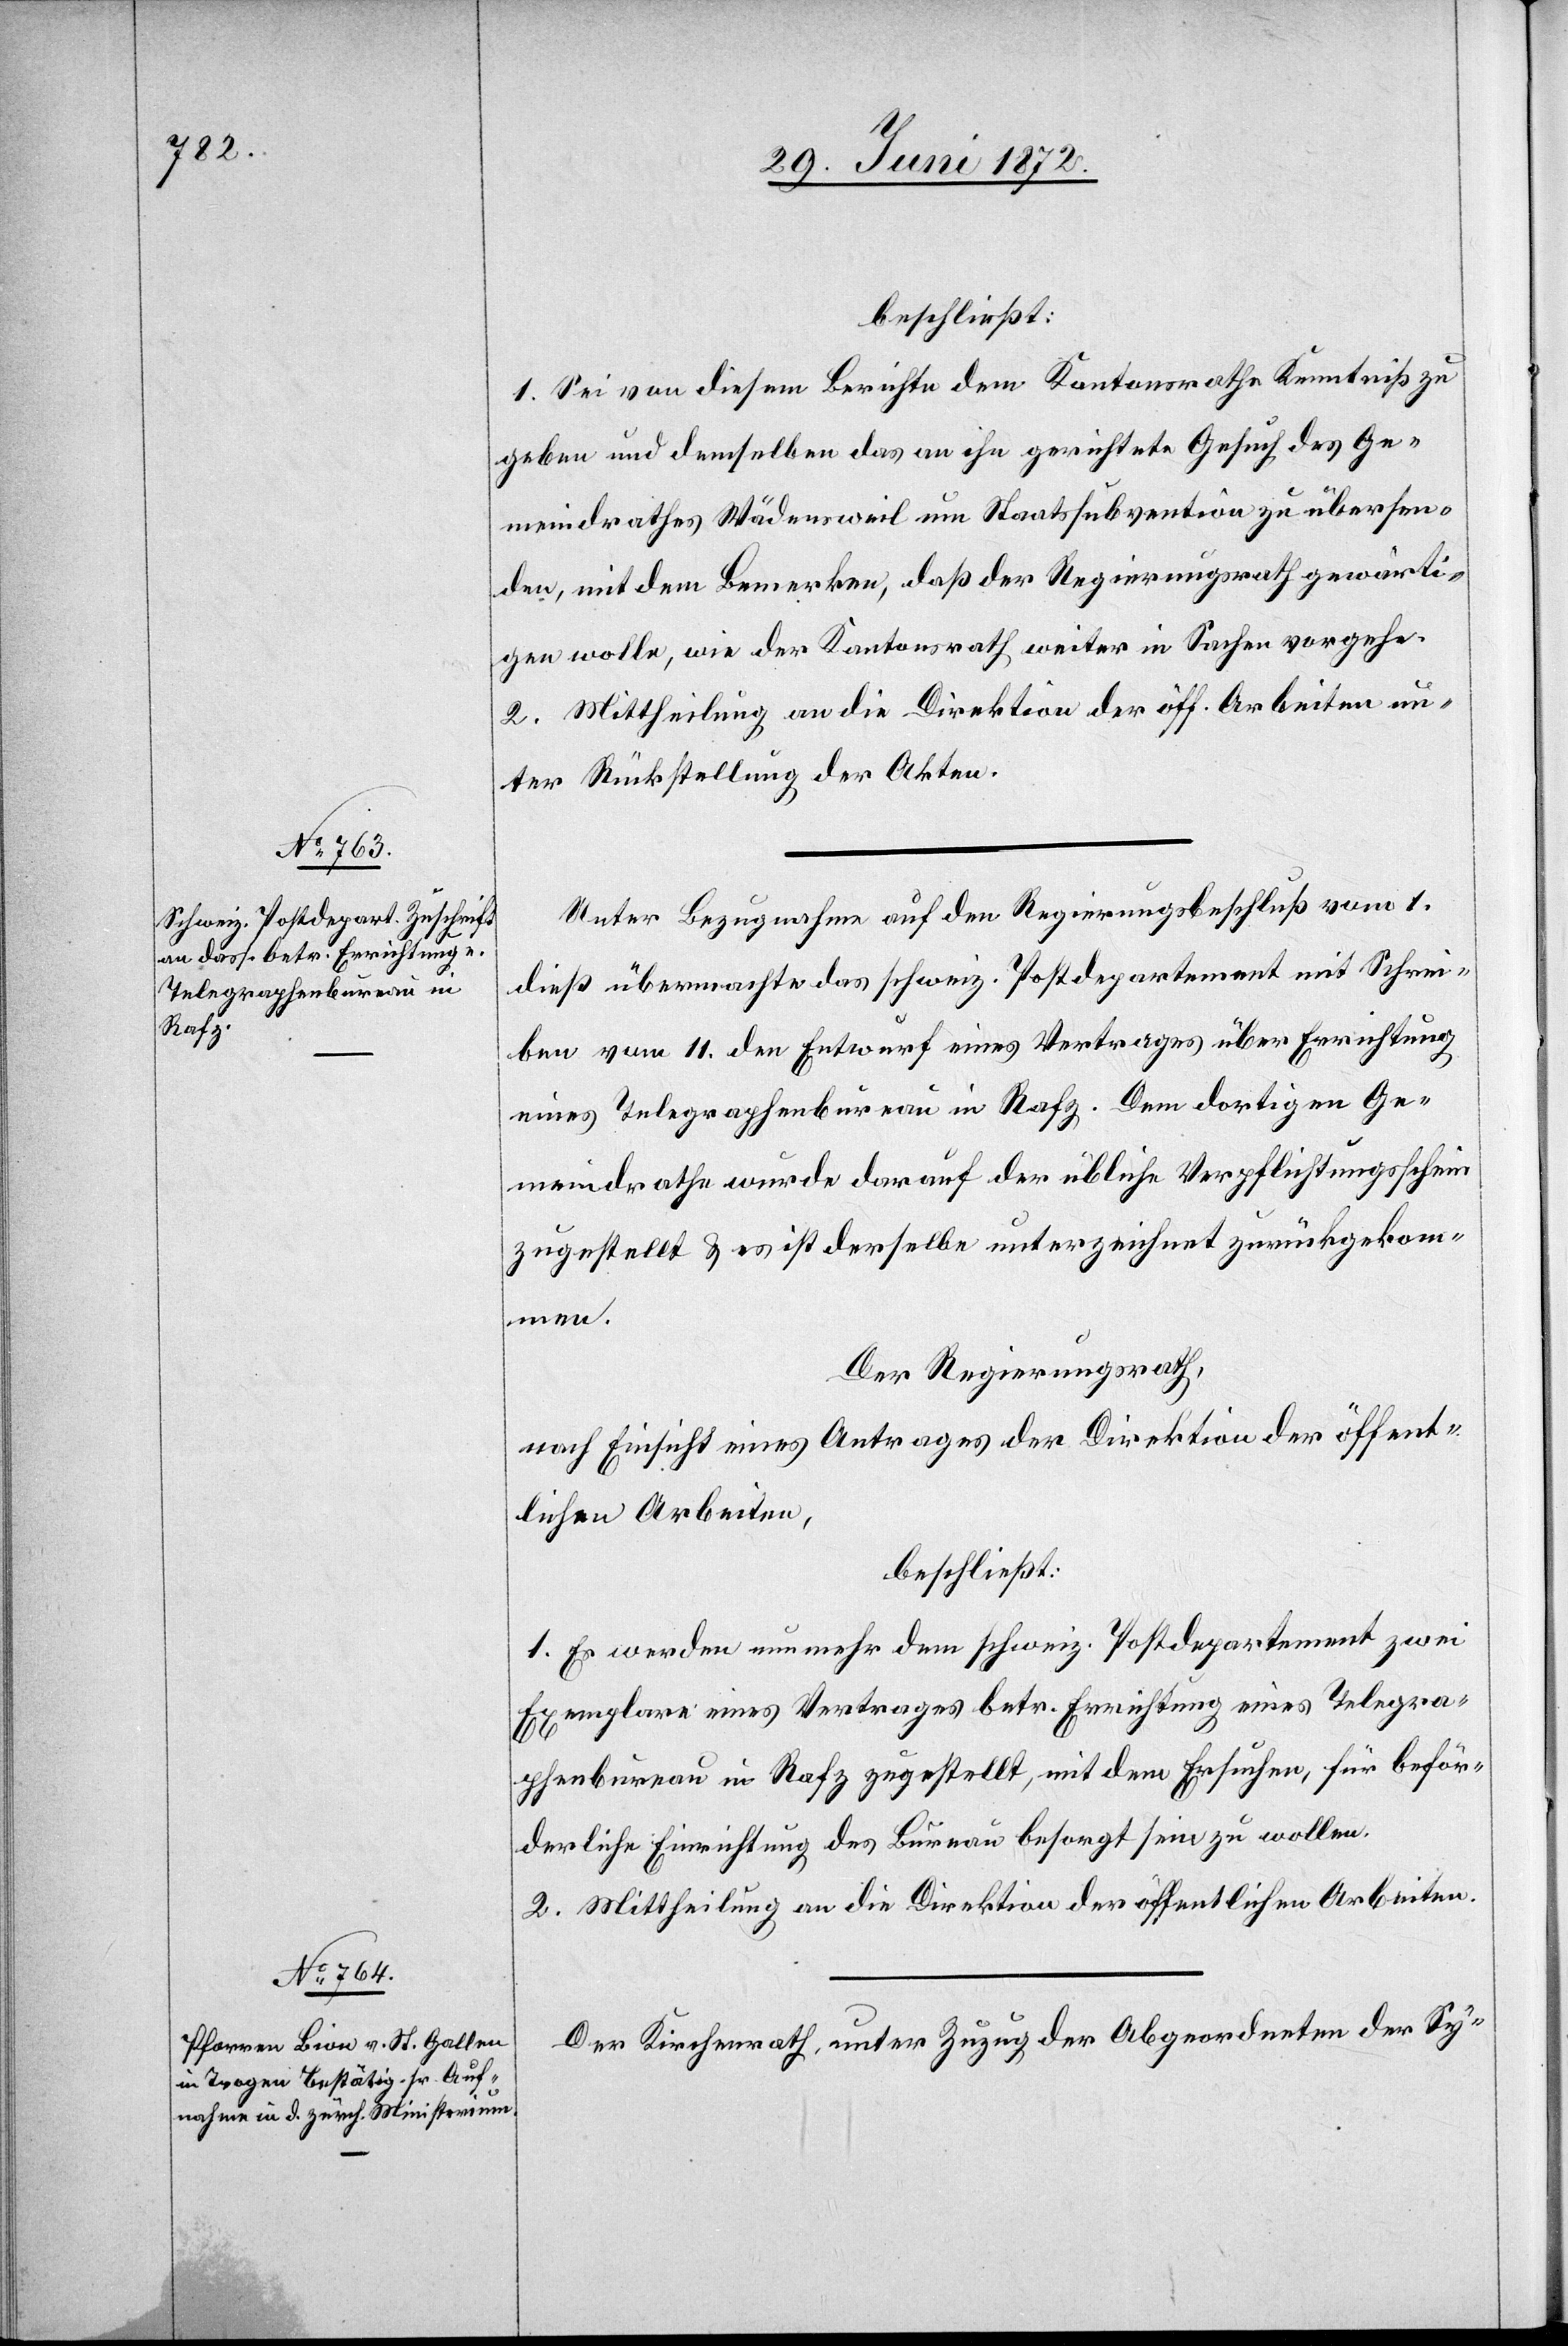
beschließt:
1. Sei von diesem Berichte dem Kantonsrathe Kenntniß zu
geben und demselben das an ihn gerichtete Gesuch des Ge¬
meindrathes Wädensweil um Staatssubvention zu übersen¬
den, mit dem Bemerken, daß der Regierungsrath gewärti¬
gen wolle, wie der Kantonsrath weiter in Sachen vorgehe.
2. Mittheilung an die Direktion der öff. Arbeiten un¬
ter Rückstellung der Akten.
Unter Bezugnahme auf den Regierungsbeschluß vom 1.
dieß übermachte das schweiz. Postdepartement mit Schrei¬
ben vom 11. den Entwurf eines Vertrages über Errichtung
eines Telegraphenbureau in Rafz. Dem dortigen Ge¬
meindrathe wurde darauf der übliche Verpflichtungsschein
zugestellt u. es ist derselbe unterzeichnet zurückgekom¬
men.
Der Regierungsrath,
nach Einsicht eines Antrages der Direktion der öffent¬
lichen Arbeiten,
beschließt:
1. Es werden nunmehr dem schweiz. Postdepartement zwei
Exemplare eines Vertrages betr. Errichtung eines Telegra¬
phenbureau in Rafz zugestellt, mit den Ersuchen, für beför¬
derliche Einrichtung des Bureau besorgt sein zu wollen.
2. Mittheilung an die Direktion der öffentlichen Arbeiten.
Der Kirchenrath, unter Zuzug der Abgeordneten der Sy-